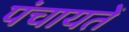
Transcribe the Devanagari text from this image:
पंचायतेँ